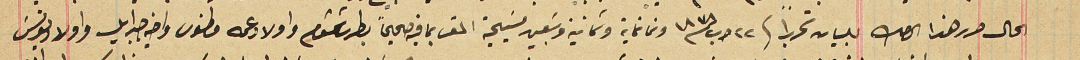
الحال حرر هذا الصك للبيان تحريراً فى ٢٢ آب سنة ١٨٧٨ وتمانماية وتمانية وسَبعين مسَيحية المقر بما فيه صحيحاً بطرس شمشوم واولاد عمه مطنوس واخيه جبرايل واولاد يونسَ